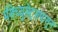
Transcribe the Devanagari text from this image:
मॅसेच्युसेट्सपासून